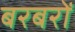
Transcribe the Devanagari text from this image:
बरबरों